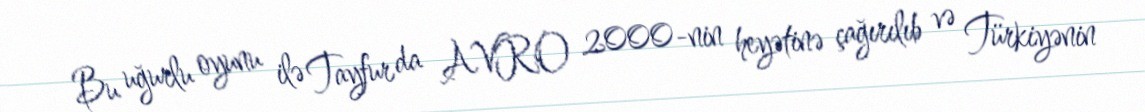
Bu uğurlu oyunu ilə Tayfur da AVRO 2000-nin heyətinə çağırılıb və Türkiyənin